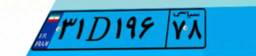
۳۱D۱۹۶۷۸